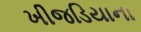
ખીજડિયાના